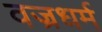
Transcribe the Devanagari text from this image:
वज्रधर्म